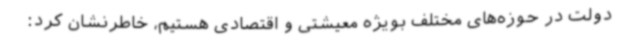
دولت در حوزه‌های مختلف بویژه معیشتی و اقتصادی هستیم، خاطرنشان کرد: